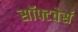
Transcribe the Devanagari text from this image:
सॉफ्टवेर्स